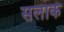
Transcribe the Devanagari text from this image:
सलाक